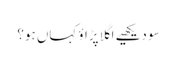
سو دیکھیے اگلا پڑاؤ کہاں ہو؟